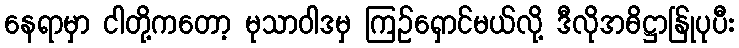
နေရာမှာ ငါတို့ကတော့ မုသာဝါဒမှ ကြဉ်ရှောင်မယ်လို့ ဒီလိုအဓိဋ္ဌာန်ြုပုပီး